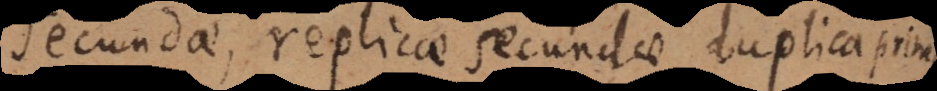
secundae, replicae secundae duplica prim